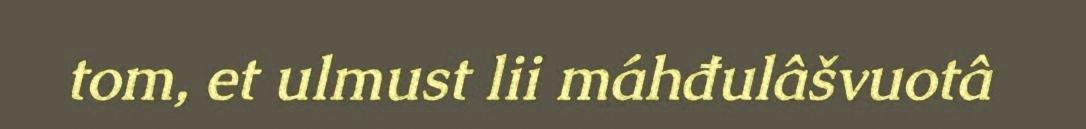
tom, et ulmust lii máhđulâšvuotâ